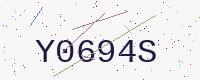
Text: Y0694S